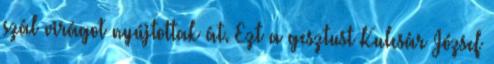
szál virágot nyújtottak át. Ezt a gesztust Kulcsár József